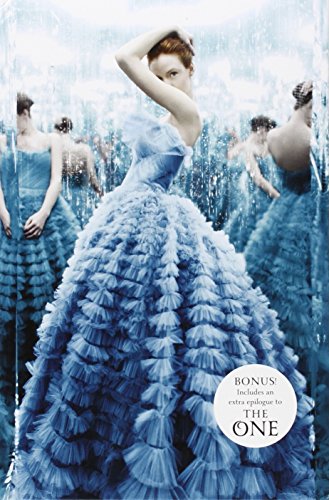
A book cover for The Selection Series Box Set: The Selection, The Elite, The One; Kiera Cass; Teen & Young Adult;